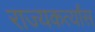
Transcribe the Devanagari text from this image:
राज्यकर्त्यांस